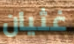
غثيان